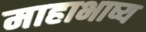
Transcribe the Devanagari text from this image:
माहाभाष्य